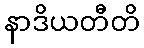
နာဒိယတီတိ